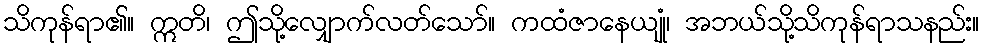
သိကုန်ရာ၏။ ဣတိ၊ ဤသို့လျှောက်လတ်သော်။ ကထံဇာနေယျုံ၊ အဘယ်သို့သိကုန်ရာသနည်း။